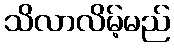
သိလာလိမ့်မည်